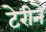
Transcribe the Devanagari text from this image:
टेरीने